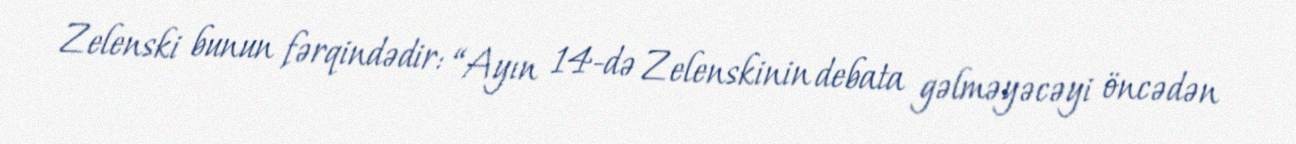
Zelenski bunun fərqindədir: “Ayın 14-də Zelenskinin debata gəlməyəcəyi öncədən